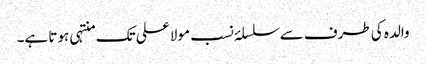
والدہ کی طرف سے سلسلۂ نسب مولا علی تک منتہی ہوتا ہے۔